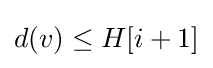
d(v)\leq H[i+1]